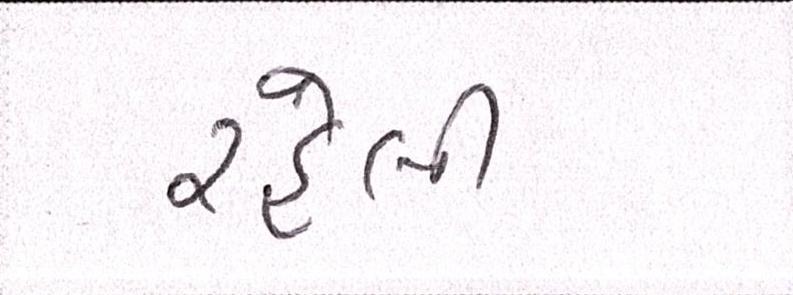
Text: રહેલી